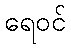
ရေဝင်